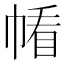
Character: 𱜰